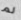
لم